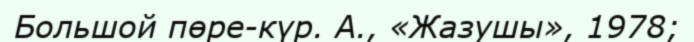
Большой пөре-күр. А., «Жазушы», 1978;